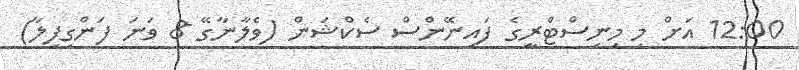
12:00 އަށް މި މިނިސްޓްރީގެ ފައިނޭންސް ސެކްޝަން (ވެލާނާގޭ 8 ވަނަ ފަންގިފިލާ)